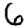
Digit: 6